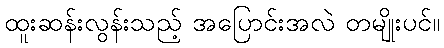
ထူးဆန်းလွန်းသည့် အပြောင်းအလဲ တမျိုးပင်။